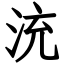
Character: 㳘